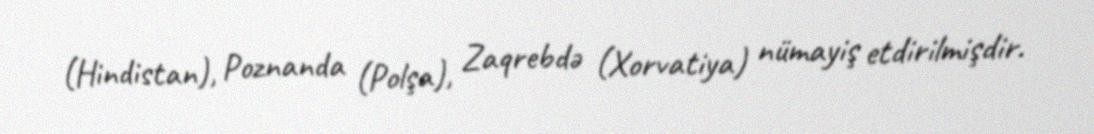
(Hindistan), Poznanda (Polşa), Zaqrebdə (Xorvatiya) nümayiş etdirilmişdir.